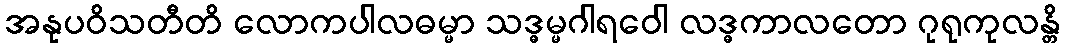
အနုပဝိသတီတိ လောကပါလဓမ္မာ သဒ္ဓမ္မဂါရဝေါ လဒ္ဓကာလတော ဂုရုကုလန္တိ